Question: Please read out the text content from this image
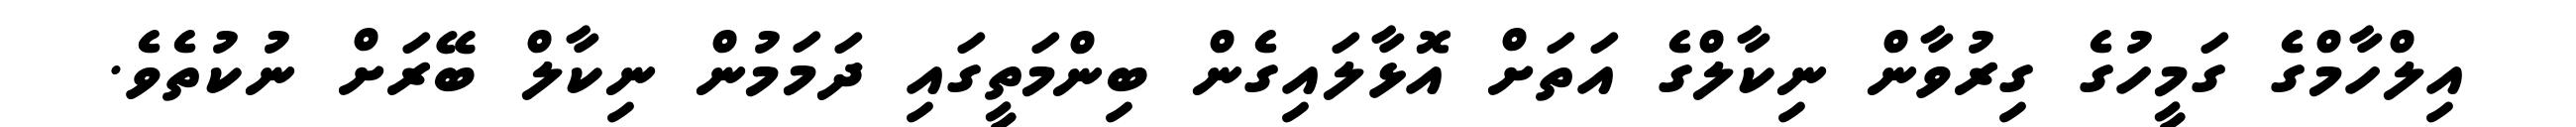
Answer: އިލްހާމްގެ ގަމީހުގެ ގިރުވާން ނިކާލްގެ އަތަށް އޮޅާލައިގެން ބިންމަތީގައި ދަމަމުން ނިކާލް ބޭރަށް ނުކުތެވެ.